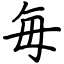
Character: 毎